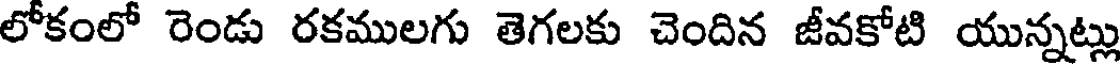
లోకంలో రెండు రకములగు తెగలకు చెందిన జీవకోటి యున్నట్లు